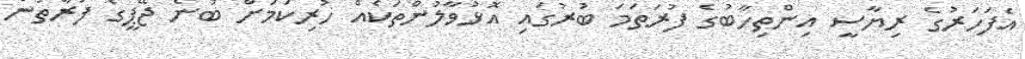
އެފަހަރުގެ ރިޔާސީ އިންތިހާބުގެ ފުރަތަމަ ބުރުގައި އޮޅުވާލުންތަކެއް ހުރިކަމަށް ބުނެ ޖޭޕީގެ ފަރާތުން